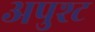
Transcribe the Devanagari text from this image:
अपुश्ट